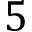
5